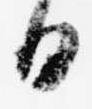
日